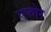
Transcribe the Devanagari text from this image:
एफोर